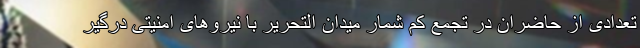
تعدادی از حاضران در تجمع کم شمار میدان التحریر با نیروهای امنیتی درگیر